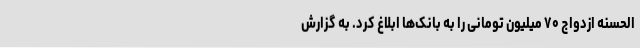
‌الحسنه ازدواج ۷۰ میلیون تومانی را به بانک‌ها ابلاغ کرد. به گزارش